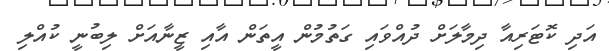
އަދި ކޮޓަރިއާ ދިމާލަށް ދުއްވައި ގަތުމުން އީތަން އާއި ޒީނާއަށް ލިބުނީ ކުއްލި